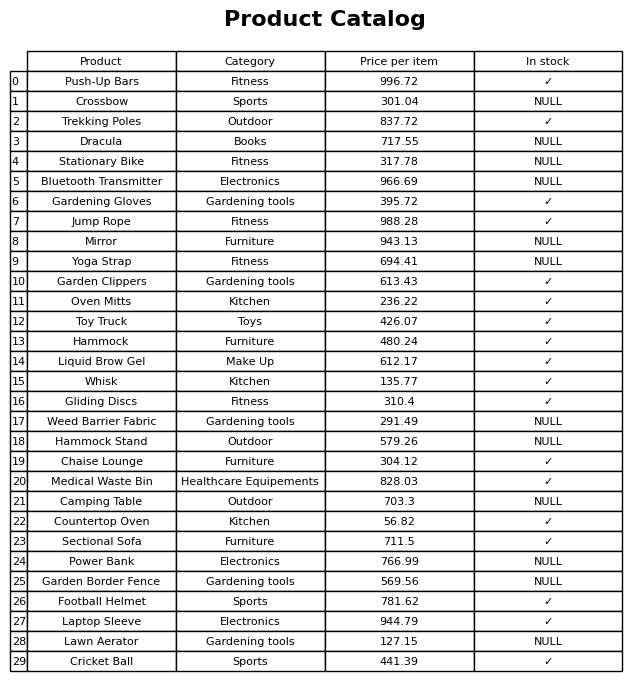
question: What is the price of the Hammock?
answer: The price of Hammock is 480.24.